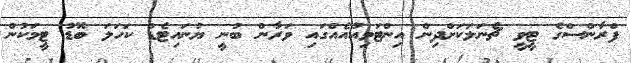
ފްރާންސްގެ ޓީވީ ޗެނަލަކަށްދިން އިންޓަވިއުއެއްގައި ވަރާން ބުނީ ޔުނައިޓެޑް ކަހަލަ ބޮޑު ޓީމަކުން